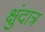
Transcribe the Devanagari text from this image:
क्षुंदात्र